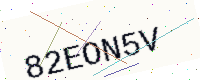
Text: 82EON5V